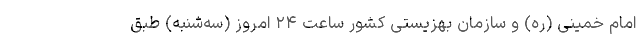
امام خمینی (ره) و سازمان بهزیستی کشور ساعت ۲۴ امروز (سه‌شنبه) طبق